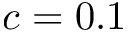
c = 0 . 1